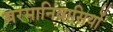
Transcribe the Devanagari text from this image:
बरमानिवासियों